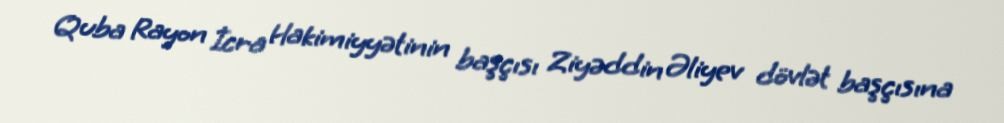
Quba Rayon İcra Hakimiyyətinin başçısı Ziyəddin Əliyev dövlət başçısına